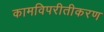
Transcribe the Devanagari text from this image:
कामविपरीतीकरण